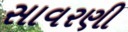
સાવરણી